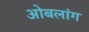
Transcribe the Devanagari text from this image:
ओबलांग